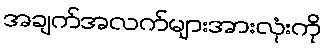
အချက်အလက်များအားလုံးကို